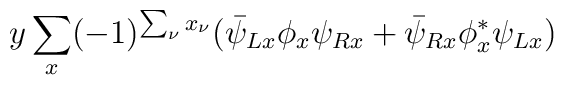
y\sum_x (-1)^{\sum_\nu x_\nu}(\bar\psi_{Lx}\phi_x\psi_{Rx}+\bar\psi_{Rx}\phi_x^*\psi_{Lx})